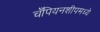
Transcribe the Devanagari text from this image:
चँपियनशीपमध्ये